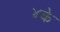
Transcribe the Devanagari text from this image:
४के